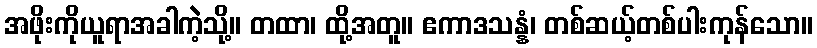
အဖိုးကိုယူရာအခါကဲ့သို့။ တထာ၊ ထို့အတူ။ ဧကာဒသန္နံ၊ တစ်ဆယ့်တစ်ပါးကုန်သော။